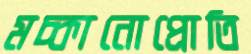
মচ্‌কানোপ্রোতি